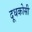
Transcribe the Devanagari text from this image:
दूधकोसी